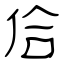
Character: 佮